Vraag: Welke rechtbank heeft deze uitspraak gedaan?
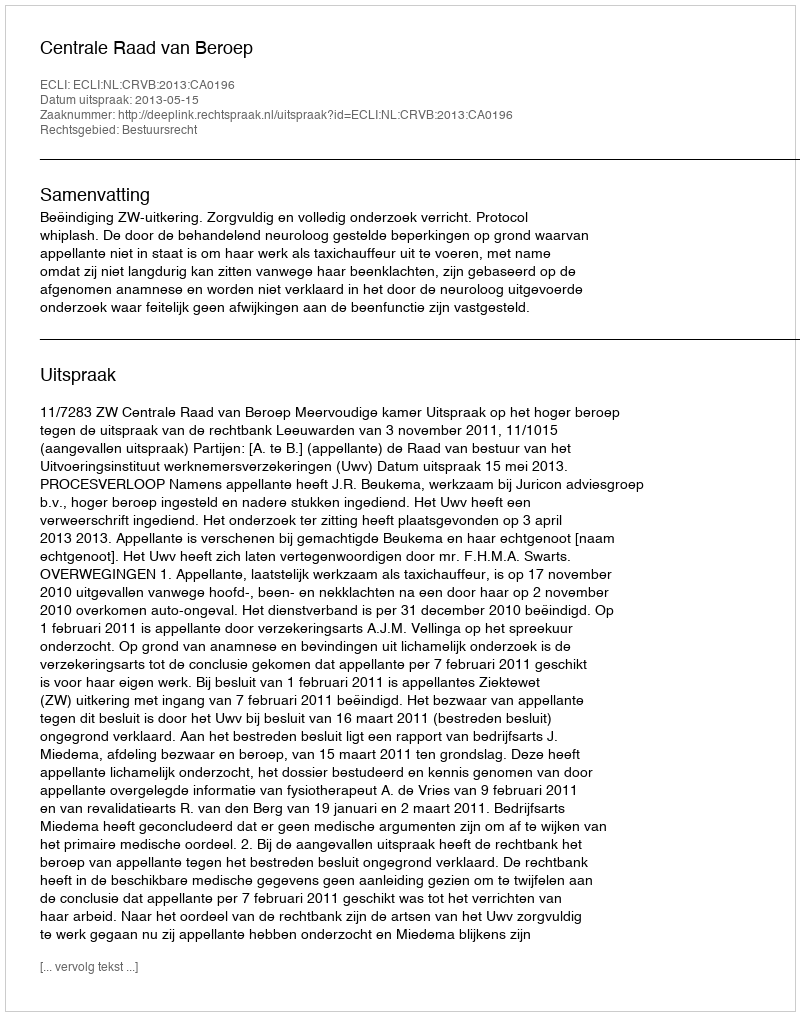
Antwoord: Centrale Raad van Beroep